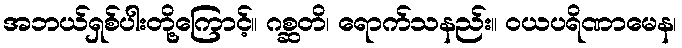
အဘယ်ရှစ်ပါးတို့ကြောင့်။ ဂစ္ဆတိ၊ ရောက်သနည်း။ ဝယပရိဏာမေန၊